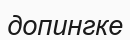
допингке